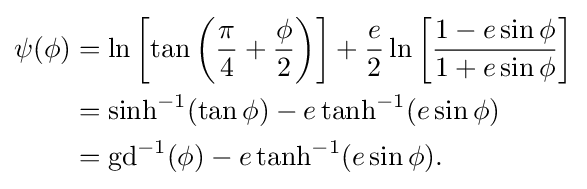
{\begin{aligned}\psi (\phi )&=\ln \left[\tan \left({\frac {\pi }{4}}+{\frac {\phi }{2}}\right)\right]+{\frac {e}{2}}\ln \left[{\frac {1-e\sin \phi }{1+e\sin \phi }}\right]\\&=\sinh ^{-1}(\tan \phi )-e\tanh ^{-1}(e\sin \phi )\\&=\operatorname {gd} ^{-1}(\phi )-e\tanh ^{-1}(e\sin \phi ).\end{aligned}}